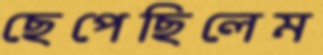
ছেপেছিলেম